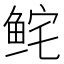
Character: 𩽽